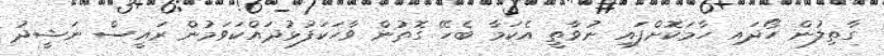
ގާތިލުން ހޯދައި ހާމަކޮށްފައި ނުވާތީ އެކަމާ ބެހޭ ގޮތުން ވާހަކަފުޅުދައްކަވަމުން ރައީސް ނަޝީދު